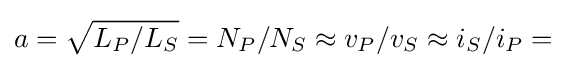
a={\sqrt {L_{P}/L_{S}}}=N_{P}/N_{S}\approx v_{P}/v_{S}\approx i_{S}/i_{P}=